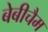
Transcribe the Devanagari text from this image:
बेबीचैम